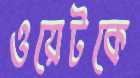
ওয়েটকে